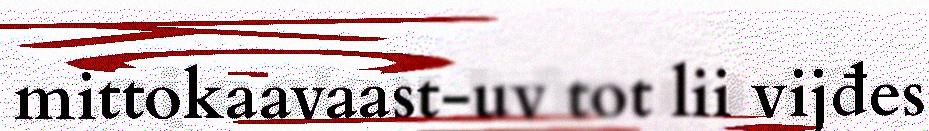
mittokaavaast-uv tot lii vijđes